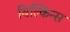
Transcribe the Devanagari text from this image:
बिल्किन्स